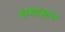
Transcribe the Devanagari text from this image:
धमासान